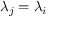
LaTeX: \lambda _ { j } = \lambda _ { i }